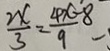
\frac { 2 x } { 3 } = \frac { 4 x - 8 } { 9 } -